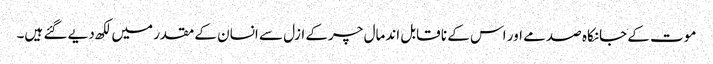
موت کے جانکاہ صدمے اور اس کے نا قابل اندمال چرکے ازل سے انسان کے مقدر میں لکھ دیے گئے ہیں۔